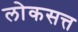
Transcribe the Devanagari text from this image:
लोकसत्त